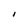
Character: I